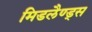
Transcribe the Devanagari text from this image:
मिडलैण्ड्स